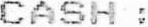
CASH :